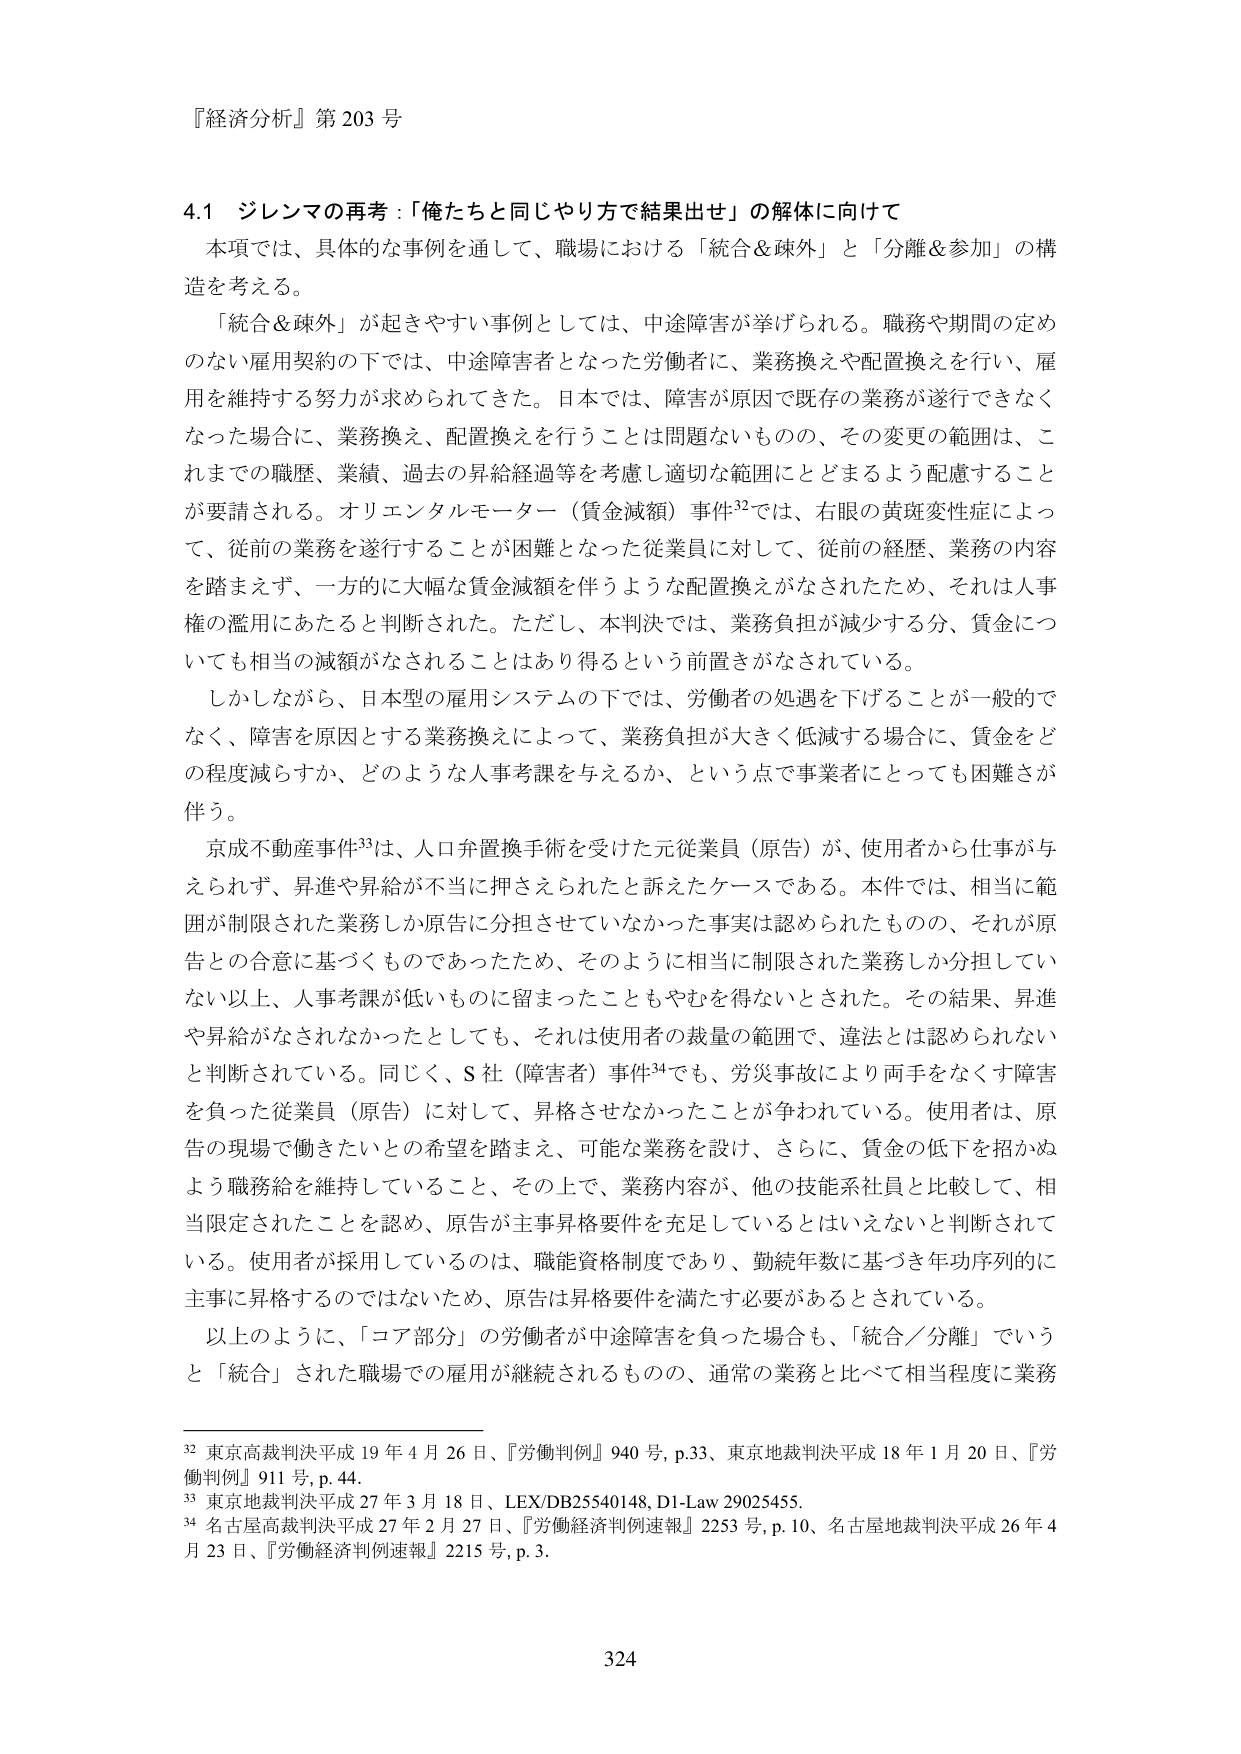
『経済分析』第203号

4.1 ジレンマの再考：「俺たちと同じやり方で結果出せ」の解体に向けて

本項では、具体的な事例を通じて、職場における「統合＆疎外」と「分離＆参加」の構造を考える。

「統合＆疎外」が起きやすい事例としては、中途障害が挙げられる。職務や期間の定めのない雇用契約の下では、中途障害者となった労働者に、業務換えや配置換えを行い、雇用を維持する努力が求められてきた。日本では、障害が原因で既存の業務が遂行できなくなった場合に、業務換え、配置換えを行うことは問題ないものの、その変更の範囲は、これまでの職歴、業績、過去の昇給経過等を考慮し適切な範囲にとどまるよう配慮することが要請される。オリエンタルモーター（賃金減額）事件32では、右眼の黄斑変性症によって、従前の業務を遂行することが困難となった従業員に対して、従前の経歴、業務の内容を踏まえず、一方的に大幅な賃金減額を伴うような配置換えがなされたため、それは人事権の濫用にあたると判断された。ただし、本判決では、業務負担が減少する分、賃金についても相当の減額がなされることはあり得るという前置きがなされている。

しかしながら、日本型の雇用システムの下では、労働者の処遇を下げることが一般的でなく、障害を原因とする業務換えによって、業務負担が大きく低減する場合に、賃金をどの程度減らすか、どのような人事考課を与えるか、という点で事業者にとっても困難が伴う。

京成不動産事件33は、人口弁置換手術を受けた元従業員（原告）が、使用者から仕事が与えられず、昇進や昇給が不当に押さえられたと訴えたケースである。本件では、相当に範囲が制限された業務しか原告に分担させていなかった事実は認められたものの、それが原告との合意に基づくものであったため、そのように相当に制限された業務しか分担していない以上、人事考課が低いものに留まったこともやむを得ないとされた。その結果、昇進や昇給がなされなかったとしても、それは使用者の裁量の範囲で、違法とは認められないと判断されている。同じく、S社（障害者）事件34でも、労災事故により両手をなくす障害を負った従業員（原告）に対して、昇格させなかったことが争われている。使用者は、原告の現場で働きたいとの希望を踏まえ、可能な業務を設計、さらに、賃金の低下を招かぬよう職務給を維持していること、その上で、業務内容が、他の技能系社員と比較して、相当限定されたことを認め、原告が主事昇格要件を充足しているとはいえない判断されている。使用者が採用しているのは、職能資格制度であり、勤続年数に基づき年功序列的に主事に昇格するのではないため、原告は昇格要件を満たす必要があるとされている。

以上のように、「コア部分」の労働者が中途障害を負った場合も、「統合／分離」でいうと「統合」された職場での雇用が継続されるものの、通常の業務と比べて相当程度に業務

32 東京高裁判決平成19年4月26日、『労働判例』940号、p.33、東京地裁判決平成18年1月20日、『労働判例』911号、p.44。
33 東京地裁判決平成27年3月18日、LEX/DB25540148、D1-Law 29025455。
34 名古屋高裁判決平成27年2月27日、『労働経済判例速報』2253号、p.10、名古屋地裁判決平成26年4月23日、『労働経済判例速報』2215号、p.3。

324